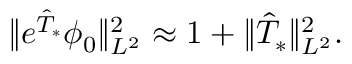
\Vert e ^ { \hat { T } _ { * } } \phi _ { 0 } \Vert _ { L ^ { 2 } } ^ { 2 } \approx 1 + \Vert \hat { T } _ { * } \Vert _ { L ^ { 2 } } ^ { 2 } .